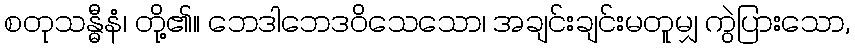
စတုသန္ဓီနံ၊ တို့၏။ ဘေဒါဘေဒဝိသေသော၊ အချင်းချင်းမတူမျှ ကွဲပြားသော,